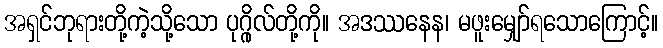
အရှင်ဘုရားတို့ကဲ့သို့သော ပုဂ္ဂိုလ်တို့ကို။ အဒဿနေန၊ မဖူးမျှော်ရသောကြောင့်။